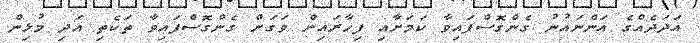
އަދަދެއްގެ އަންނައުނު ގެންގޮސްފައިވާ ކަމަށާއި ފިހާރައިން ވަގަށް ގެންގޮސްފައިވާ ތަކެތި އަދި މުޅިން